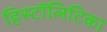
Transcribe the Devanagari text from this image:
हिस्टॉलिटिका